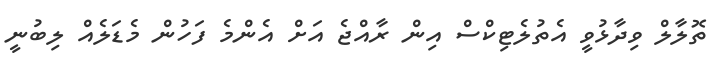
ތޮލާލް ވިދާޅުވީ އެތުލެޓިކްސް އިން ރާއްޖެ އަށް އެންމެ ފަހުން މެޑަލެއް ލިބުނީ